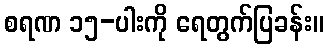
စရဏ ၁၅-ပါးကို ရေတွက်ပြခန်း။